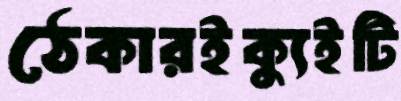
ঠেকারইক্যুইটি